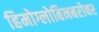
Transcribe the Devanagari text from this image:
हिमोग्लोबिनबरोबर